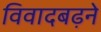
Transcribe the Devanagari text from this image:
विवादबढ़ने